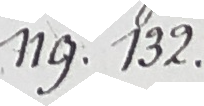
N9. 132.